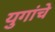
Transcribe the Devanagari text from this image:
युगांचे